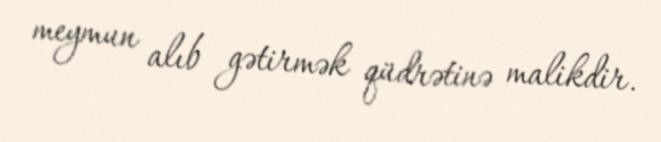
meymun alıb gətirmək qüdrətinə malikdir.